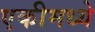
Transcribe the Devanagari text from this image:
एकीमध्ये